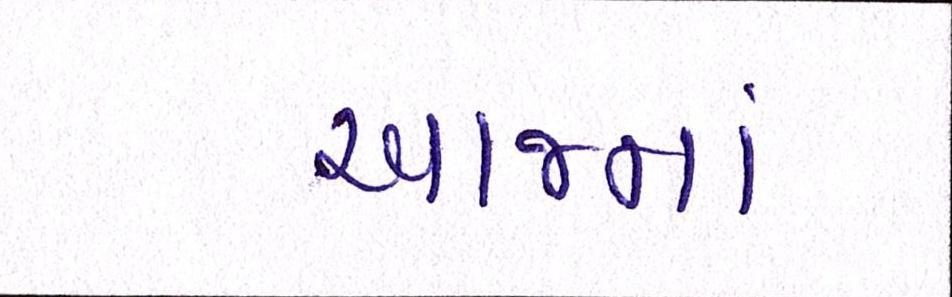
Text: આજનાં